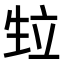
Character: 𭺴